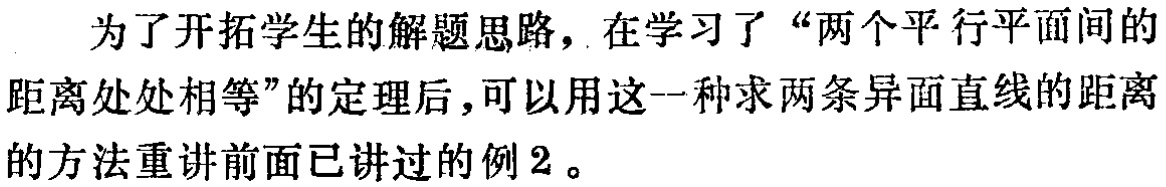
为了开拓学生的解题思路，在学习了“两个平行平面间的距离处处相等”的定理后，可以用这一种求两条异面直线的距离的方法重讲前面已讲过的例2。